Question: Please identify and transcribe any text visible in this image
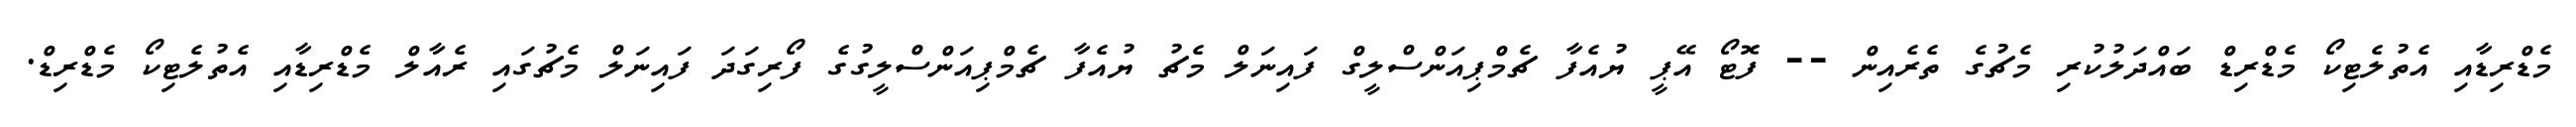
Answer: މެޑްރިޑާއި އެތުލެޓިކޯ މެޑްރިޑް ބައްދަލުކުރި މެޗުގެ ތެރެއިން -- ފޮޓޯ އޭޕީ ޔުއެފާ ޗެމްޕިއަންސްލީގް ފައިނަލް މެޗު ޔުއެފާ ޗެމްޕިއަންސްލީގުގެ ފޯރިގަދަ ފައިނަލް މެޗުގައި ރެއާލް މެޑްރިޑާއި އެތުލެޓިކޯ މެޑްރިޑް.